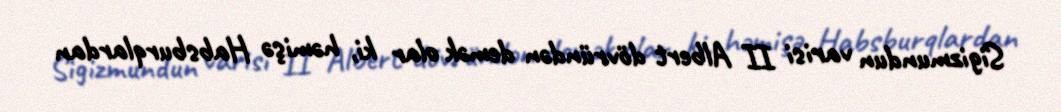
Sigizmundun varisi II Albert dövründən demək olar ki, həmişə Habsburqlardan